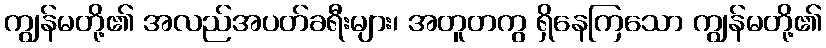
ကျွန်မတို့၏ အလည်အပတ်ခရီးများ၊ အတူတကွ ရှိနေကြသော ကျွန်မတို့၏